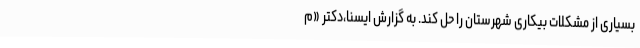
بسیاری از مشکلات بیکاری شهرستان را حل کند. به گزارش ایسنا،دکتر «م